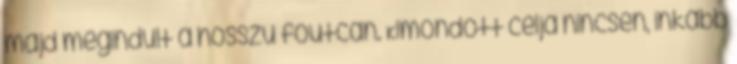
majd megindult a hosszú főutcán. Kimondott célja nincsen, inkább